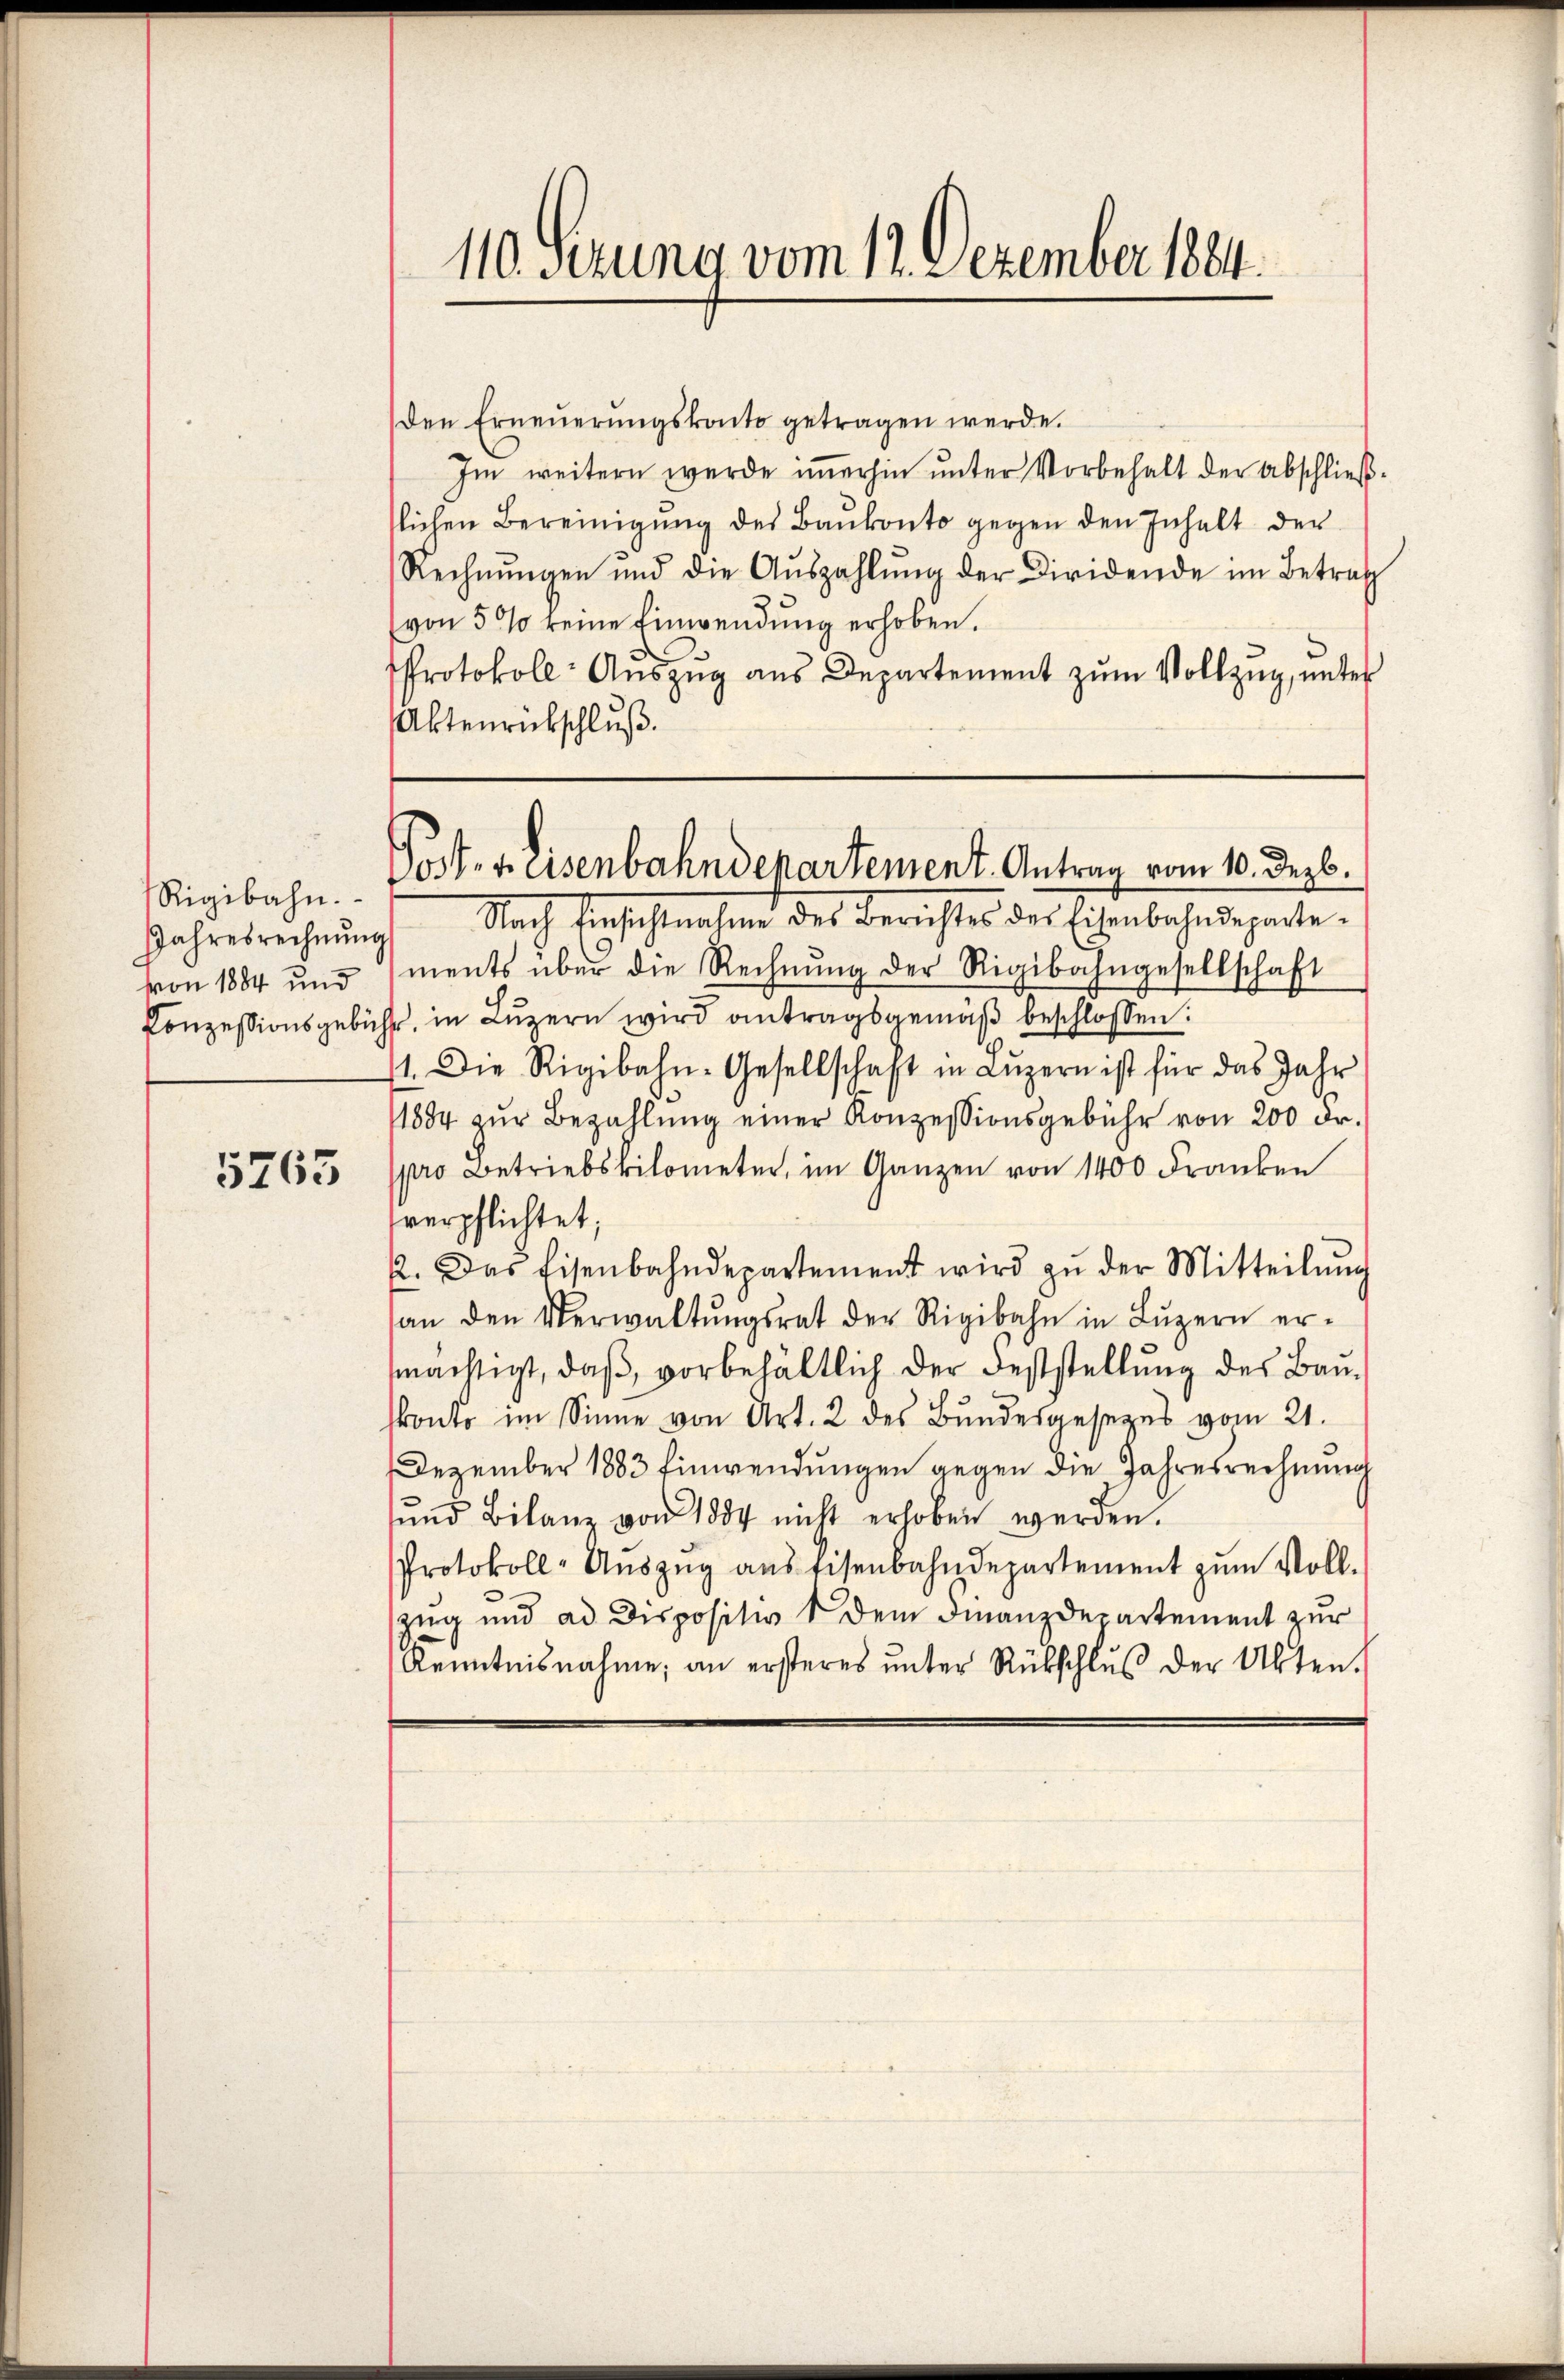
Rigibahn.
Jahresrechnung
von 1884 und

5763

110. Sezung vom 12. Dezember 1884.

den Erneŭerŭngskonto getragen werde.
Im weitern werde immerhin unter Vorbehalt der Abschließtlichen Bereinigung des Baŭkonto gegen den Inhalt der
Rechnŭngen und die Aŭszahlŭng der Diridende im Betrag
(von 5 % keine Einwendung erhoben.
Protokoll- Auszug aus Departement zum Vollzug, unter
Aktenrückschluß.

Post- reisenbahndepartement. Antrag vom 10. Dezb.

Nach Einschlechen des Berichtes der Eisenbahndeparte.
ments über die Rechnŭng der Rigibahngesellschaft
Conzessionsgebühr, in Luzern wird antragsgemäß beschlossen:
1. Die Rigibahn-Gesellschaft in Lŭzern ist für das Jahr
1884 zŭr Bezahlŭng einer Konzessionsgebühr von 200 Fr.
pro Betriebskilometer, im Ganzen von 1400 Franken
verpflichtet;
22. Das Eisenbahndepartement wird zŭ der Mitteilŭng
an den Verwaltŭngsrat der Rigibahn in Lŭzern er-
mächtigt, daß, vorbehältlich der Feststellung des Bau¬
.
konto im Sinne von Art. 2 des Bundesgesetzes vom 21.
Dezember 1883 Einwendungen gegen die Jahresrechnung
und Bilanz von 1884 nicht erhoben werden.
Protokoll-Auszug aus Eisenbahndepartement zum Vollzug und ad Dispositiv 1 dem Finanzdepartement zur
Kenntnisnahme, an ersteres ŭnter Rückschlŭβ der Akten.